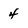
Character: 4